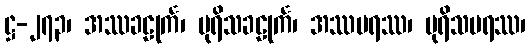
ဋ္ဌ-၂၇၃၊ အဿခဠုင်္က၊ ပုရိသခဠုင်္က၊ အဿပရဿ၊ ပုရိသပရဿ၊